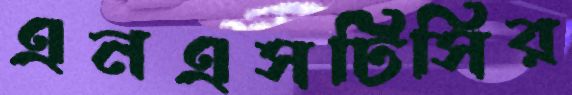
এনএসটিসির